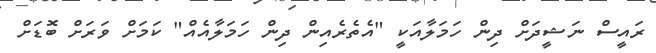
ރައީސް ނަޝީދަށް ދިން ހަމަލާއަކީ "އެތެރެއިން ދިން ހަމަލާއެއް" ކަމަށް ވަރަށް ބޮޑަށް